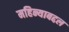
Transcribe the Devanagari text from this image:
महिन्याबद्दल